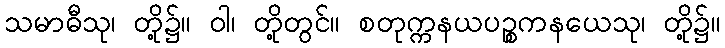
သမာဓီသု၊ တို့၌။ ဝါ၊ တို့တွင်။ စတုက္ကနယပဉ္စကနယေသု၊ တို့၌။